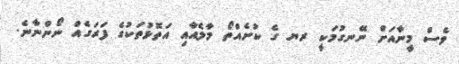
ވެސް މީނާއަށް ނޭނގުމަކީ ރޔ ގެ ކުށެއްތޯ މާލެއާއި އަތޮޅުތަކުގެ ފަރަގެއް ނޯންނާނެ.